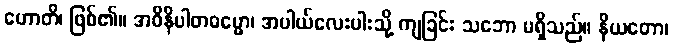
ဟောတိ၊ ဖြစ်၏။ အဝိနိပါတဓမ္မော၊ အပါယ်လေးပါးသို့ ကျခြင်း သဘော မရှိသည်။ နိယတော၊